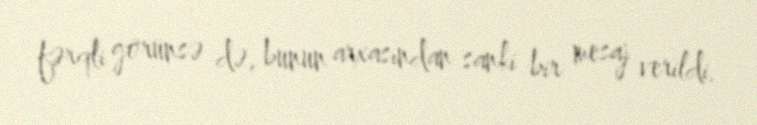
fərqli görünsə də, bunun arxasından sanki bir mesaj verildi.